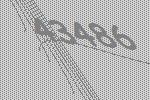
43486